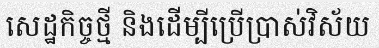
សេដ្ឋកិច្ចថ្មី និងដើម្បីប្រើប្រាស់វិស័យ